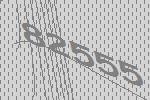
82555